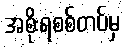
အစိုးရစစ်တပ်မှ